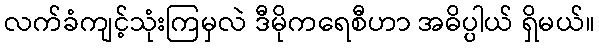
လက်ခံကျင့်သုံးကြမှလဲ ဒီမိုကရေစီဟာ အဓိပ္ပါယ် ရှိမယ်။